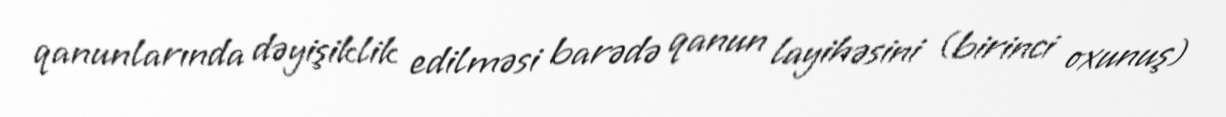
qanunlarında dəyişiklik edilməsi barədə qanun layihəsini (birinci oxunuş)